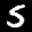
Label: 5